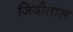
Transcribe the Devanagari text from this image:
जिवीतास